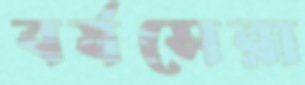
বর্ষসেরা